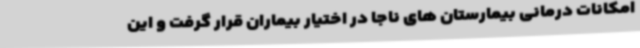
امکانات درمانی بیمارستان های ناجا در اختیار بیماران قرار گرفت و این